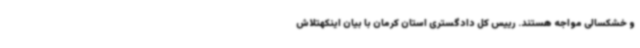
و خشکسالی مواجه هستند. رییس کل دادگستری استان کرمان با بیان اینکهتلاش